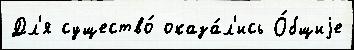
Дл'я существо́ оказа́л'ись О́бщиjе